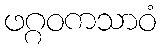
ဖဂ္ဂဝကသာဝံ